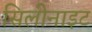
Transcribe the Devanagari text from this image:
सिलीनाइट